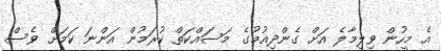
އެ މީހުން ވިލިމާލެ އަށް ގެންދިއުމުގެ މަސައްކަތް ކުރަމުން އަންނަ ކަމަށް ވެސް